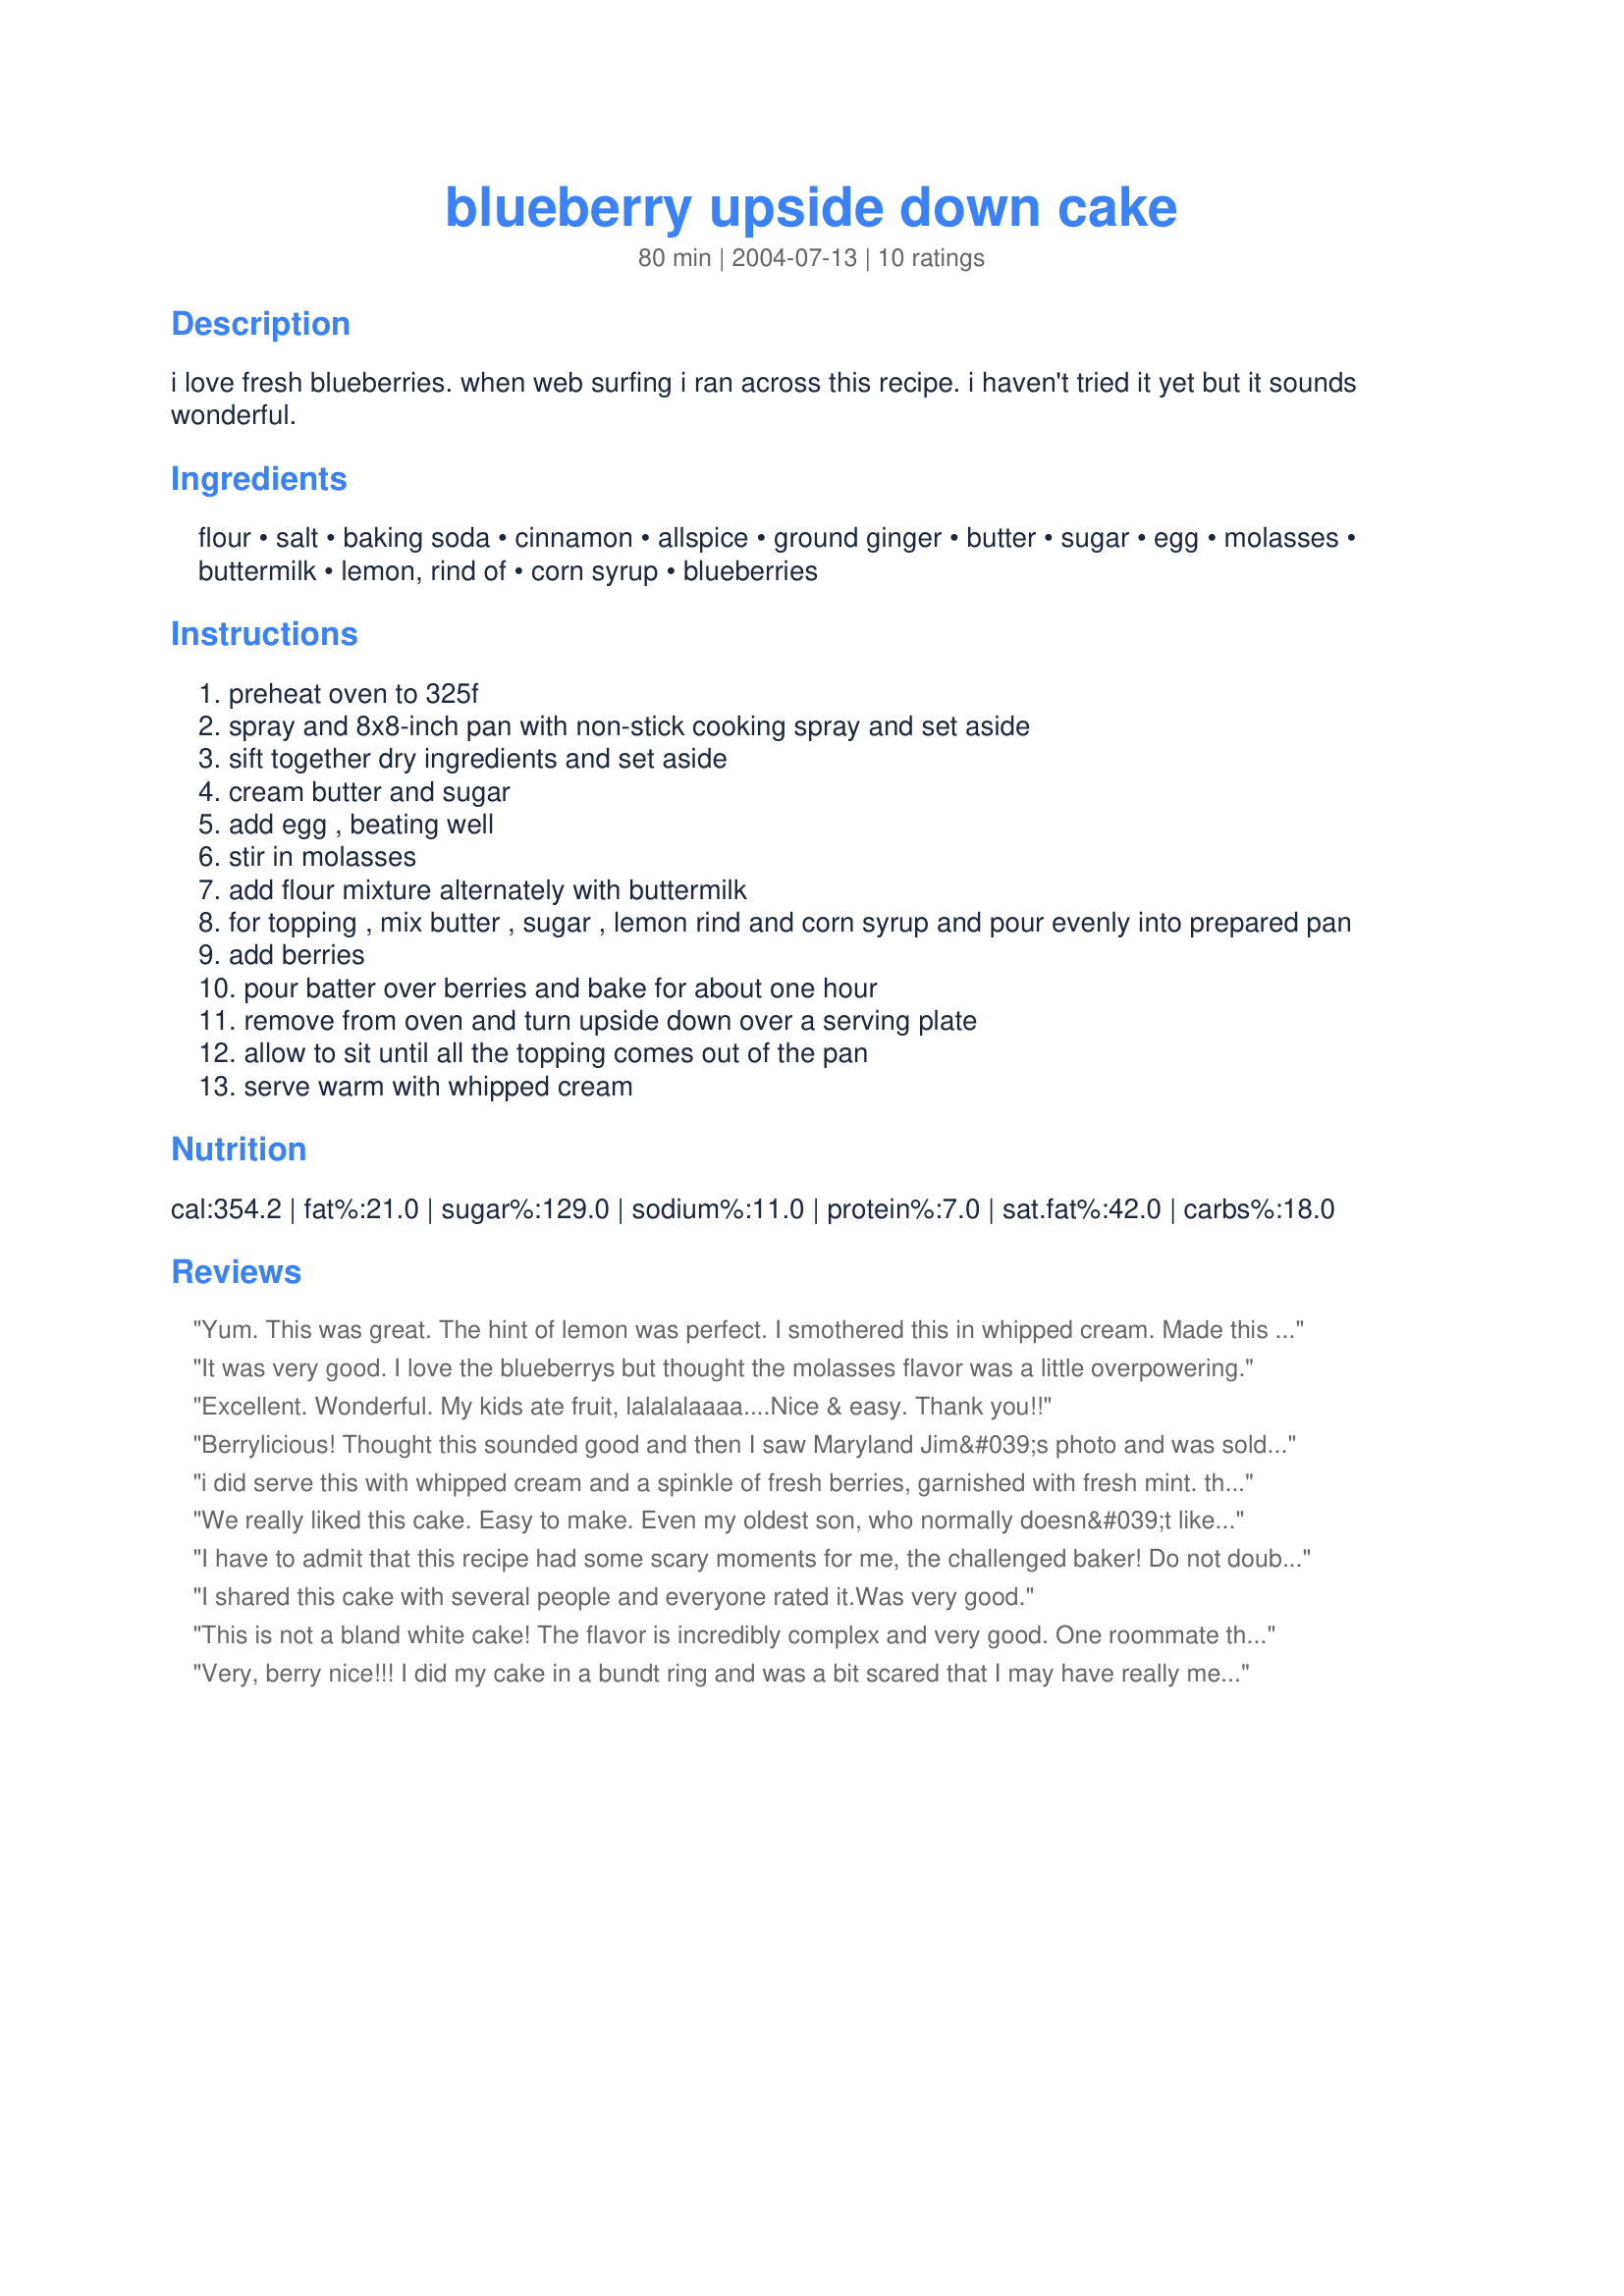
blueberry upside down cake
Preparation time: 80 minutes

i love fresh blueberries. when web surfing i ran across this recipe. i haven't tried it yet but it sounds wonderful.

Ingredients:
flour, salt, baking soda, cinnamon, allspice, ground ginger, butter, sugar, egg, molasses, buttermilk, lemon, rind of, corn syrup, blueberries

Steps:
preheat oven to 325f
spray and 8x8-inch pan with non-stick cooking spray and set aside
sift together dry ingredients and set aside
cream butter and sugar
add egg , beating well
stir in molasses
add flour mixture alternately with buttermilk
for topping , mix butter , sugar , lemon rind and corn syrup and pour evenly into prepared pan
add berries
pour batter over berries and bake for about one hour
remove from oven and turn upside down over a serving plate
allow to sit until all the topping comes out of the pan
serve warm with whipped cream

Reviews:
Yum. This was great. The hint of lemon was perfect. I smothered this in whipped cream. Made this for Zaar World Tour 05
It was very good. I love the blueberrys but thought the molasses flavor was a little overpowering.
Excellent. Wonderful. My kids ate fruit, lalalalaaaa....Nice & easy. Thank you!!
Berrylicious! Thought this sounded good and then I saw Maryland Jim&#039;s photo and was sold on having to try. The blueberries are complemented nicely by the ginger and molasses. I thought I had more molasses than I did so ended up using only about 1/3 of a cup or a smidgen more but not the full half cup. Issue two was I grew up making upside down cakes in cast iron pans and I had a 6&quot; and 10&quot; fearing boil over ended up using the 10&quot; which reduced my baking time to 35 minutes. Thanks for the post.
i did serve this with whipped cream and a spinkle of fresh berries, garnished with fresh mint. the bluberries almost turn to a jam like texture, and the cake has some spices that compliment the topping well.
this turned out beautifully onto the plate following your explicit directions.
We really liked this cake. Easy to make. Even my oldest son, who normally doesn&#039;t like cake, enjoyed it. Made for ZWT9 and &quot;The Apron String Travelers.
I have to admit that this recipe had some scary moments for me, the challenged baker! Do not doubt -- This recipe proves itself in the result. Fantastic! Thanks, PaulaG! Make for ZWT9, tea, Gourmet Goddesses.
I shared this cake with several people and everyone rated it.Was very good.
This is not a bland white cake! The flavor is incredibly complex and very good. One roommate thought there was a wee bit too much ginger, the other thought it tasted like pumpkin pie (but admitted that was the spices used - they will make anything taste like pumpkin pie!). I thought it tasted like a very moist gingerbread with a yummy blueberry topping (with the occasional lemon zing). I love the part where you let it fall out of the pan. I was skeptical, but it worked like a charm! :) Thank you for posting, made for ZWT4.
Very, berry nice!!! I did my cake in a bundt ring and was a bit scared that I may have really messed up but it came out lovely. I had to scoop the berry topping out in to the baking pan (in no way would it pour) and it turned very "jam" like after baking. The cake flavor itself was a nice delicate spice...the berries were most definitely the star and the finished product was a delight. Made for ZWT3 - Thanks again PaulaG for another great recipe!!
